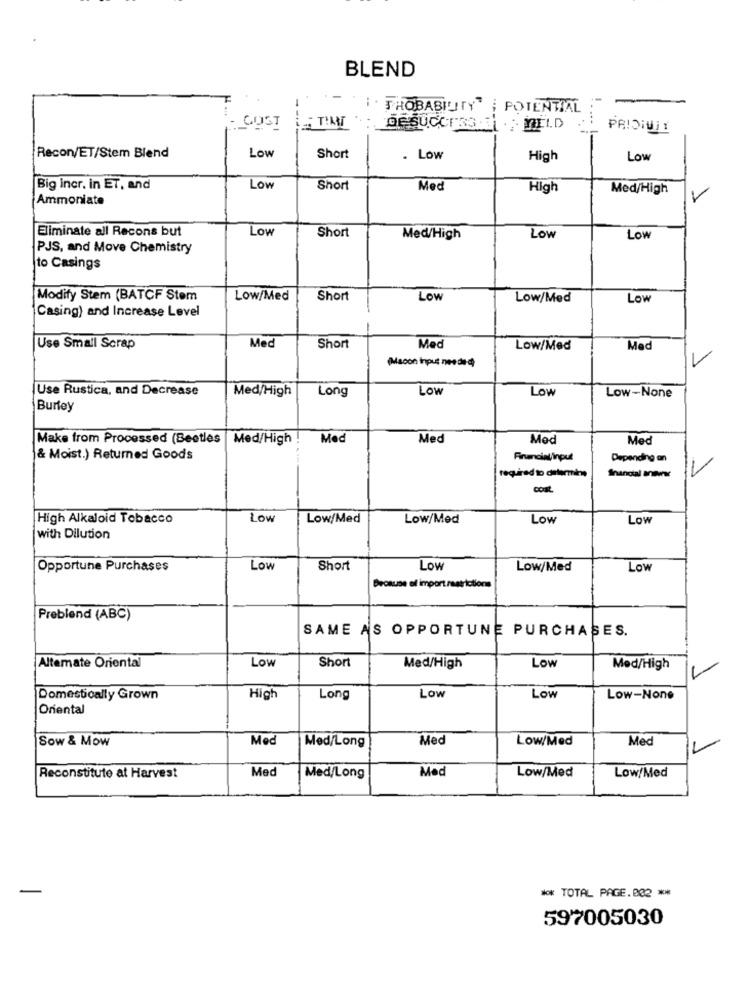
BLEND
I. THOBABILITY" | POTENTIAL
- COST
OF SUCCESS . MELD
PRISINIY
Low
Recon/ET/Stem Blend
Short
. Low
High
Low
Big incr. in ET, and
Low
Short
Med
High
Med/High
Ammoniate
Eliminate all Recons but
Low
Short
Med/High
Low
Low
PJS, and Move Chemistry
to Casings
Modify Stem (BATCF Stem
Low/Med
Short
Low
Low/Med
Low
Casing) and Increase Level
Use Small Scrap
Med
Short
Med
Low/Med
Med
(Macon input nee de of
Use Rustica, and Decrease
Long
Low
Low
Low-None
Med/High
Burley
Make from Processed (Beetles
Med/High !
Med
Med
Mod
Med
& Moist.) Returned Goods
Financial/ input
Depending on
Inancial anowner
required to determine
High Alkaloid Tobacco
Low
Low/Med
Low/Med
Low
Low
with Dilution
Opportune Purchases
Low
Short
Low
Low/Med
Low
Because of import restrictions
Preblend (ABC)
SAME AS OPPORTUNE PURCHASES.
Altemate Oriental
Low
Short
Low
Med/High
Med/High
Domestically Grown
High
Long
Low
Low
Low-None
Oriental
Sow & Mow
Med
Med/Long
Med
Low/Med
Med
Med
Med
Low/Med
Reconstitute at Harvest
Med/Long
Low/Med
*** TOTAL PAGE.002 **
597005030